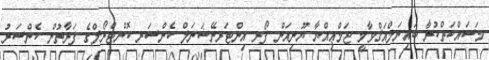
މަސައްކަތްކުރާ ބައިނަލްއަޤްވާމީ ޖަމްޢިއްޔާ ޔޫނިއަން ފޯރ އިންޓަރނޭޝަނަލް ކެންސަރ ކޮންޓްރޯލްގެ ފަރާތުން ކެންސަރު